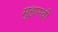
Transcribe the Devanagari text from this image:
मुहास्वी